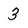
Character: 3